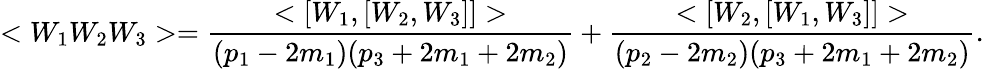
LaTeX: <W_{1}W_{2}W_{3}>=\frac{<[W_{1},[W_{2},W_{3}]]>}{(p_{1}-2m_{1})(p_{3}+2m_{1}+2m_{2})}+\frac{<[W_{2},[W_{1},W_{3}]]>}{(p_{2}-2m_{2})(p_{3}+2m_{1}+2m_{2})}.